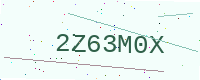
Text: 2Z63M0X